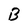
Character: B